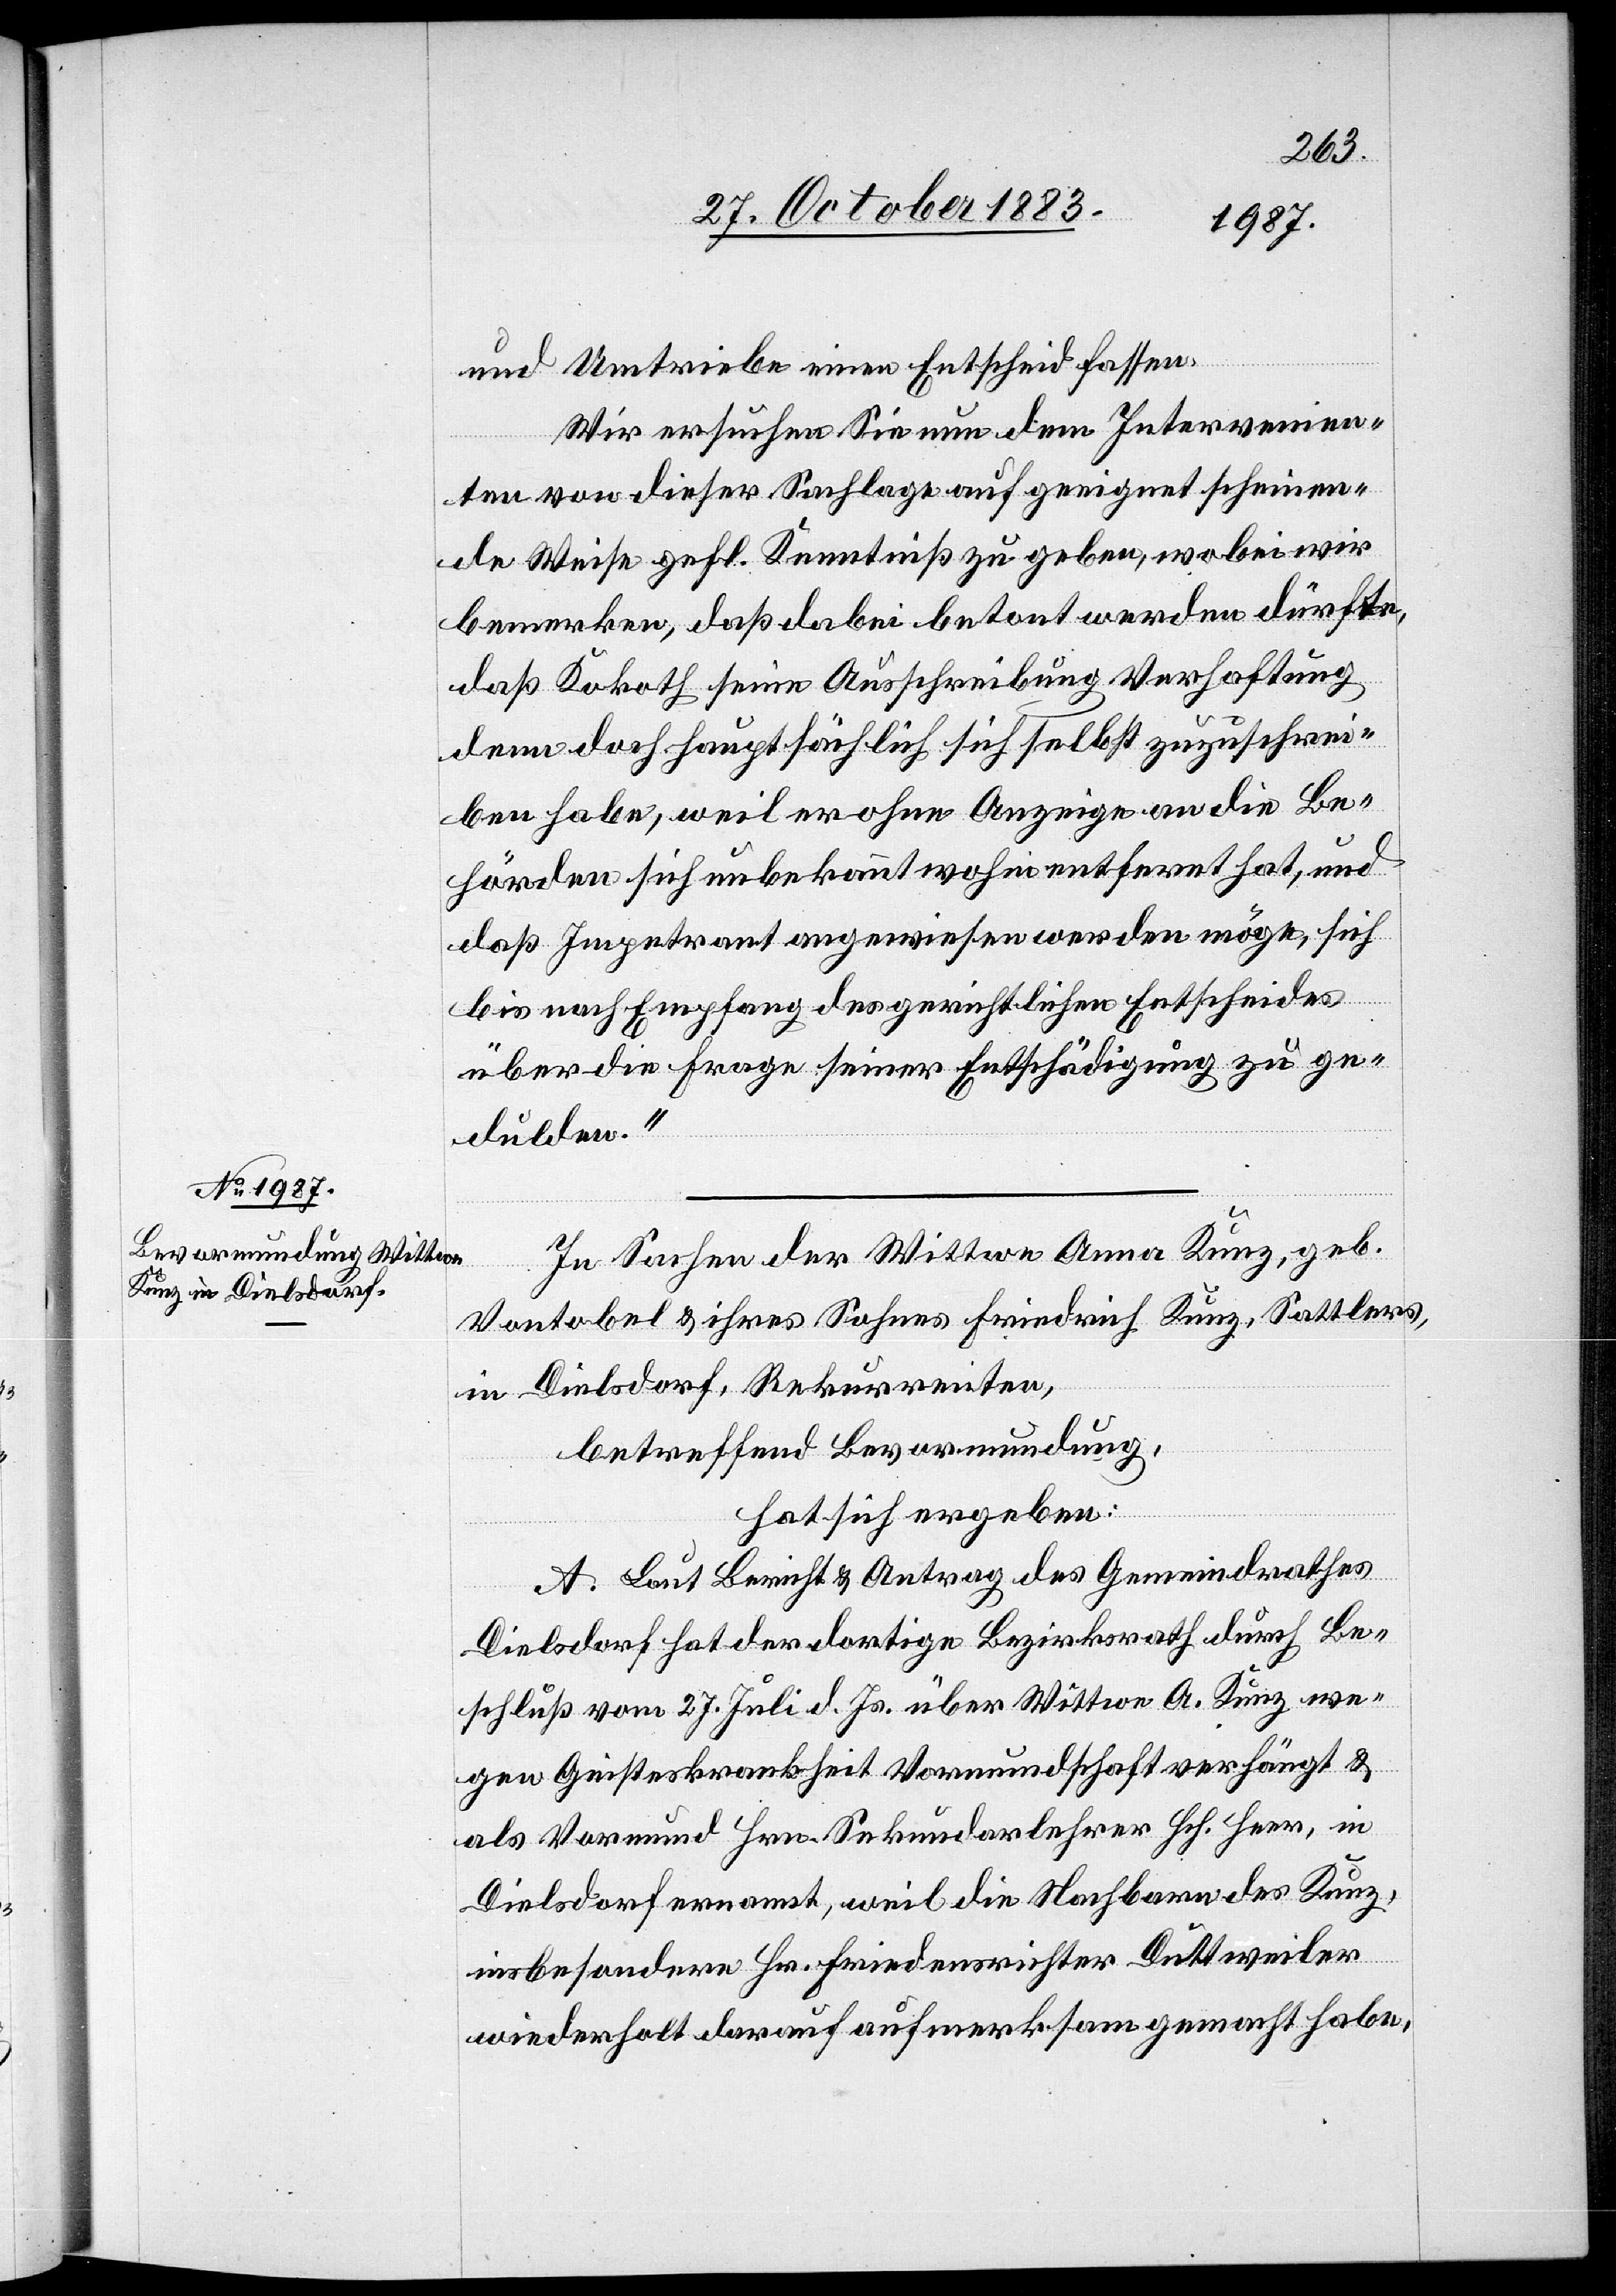
und Umtriebe einen Entscheid fassen.
Wir ersuchen Sie nun dem Intervenien¬
ten von dieser Sachlage auf geeignet scheinen¬
de Weise gefl. Kenntniß zu geben, wobei wir
bemerken, daß dabei betont werden dürfte,
daß Kokoth seine Ausschreibung [und] Verhaftung
denn doch hauptsächlich sich selbst zuzuschrei¬
ben habe, weil er ohne Anzeige an die Be¬
hörden sich unbekannt wohin entfernt hat, und
daß Impetrant angewiesen werden möge, sich
bis nach Empfang der gerichtlichen Entscheides
über die Frage seiner Entschädigung zu ge¬
dulden.
In Sachen der Wittwe Anna Kunz, geb.
Vontobel & ihres Sohnes Friedrich Kunz, Sattlers,
in Dielsdorf, Rekurrenten,
betreffend Bevormundung,
hat sich ergeben:
A. Laut Bericht & Antrag des Gemeindrathes
Dielsdorf hat der dortige Bezirksrath durch Be¬
schluß vom 27. Juli d. Js. über Wittwe A. Kunz we¬
gen Geisteskrankheit Vormundschaft verhängt &
als Vormund Hrn. Sekundarlehrer Hch. Heer, in
Dielsdorf ernannt, weil die Nachbarn des Kunz,
insbesondere Hr. Friedensrichter Duttweiler
wiederholt darauf aufmerksam gemacht habe